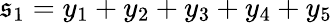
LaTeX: \mathfrak{s}_{1}=y_{1}+y_{2}+y_{3}+y_{4}+y_{5}